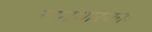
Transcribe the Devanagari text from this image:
नामधारकाः